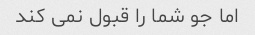
اما جو شما را قبول نمی کند